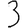
Digit: 3